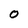
Character: 0